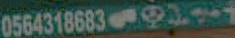
056431868331